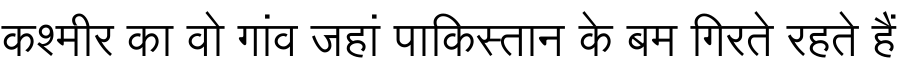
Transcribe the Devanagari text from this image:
कश्मीर का वो गांव जहां पाकिस्तान के बम गिरते रहते हैं